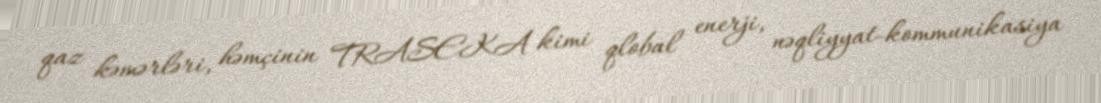
qaz kəmərləri, həmçinin TRASEKA kimi qlobal enerji, nəqliyyat-kommunikasiya